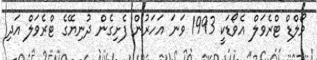
ވޯލްޑް ޓްރެވަލް އެވޯޑަކީ 1993 ވަނަ އަހަރުން ފެށިގެން ދުނިޔޭގެ ޓްރެވަލް އަދި